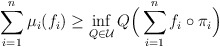
\begin{gather*}\sum_{i=1}^n\mu_i(f_i)\ge\inf_{Q\in\mathcal{U}}Q\Bigl(\,\sum_{i=1}^nf_i\circ\pi_i\Bigr)\end{gather*}